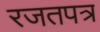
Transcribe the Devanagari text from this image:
रजतपत्र